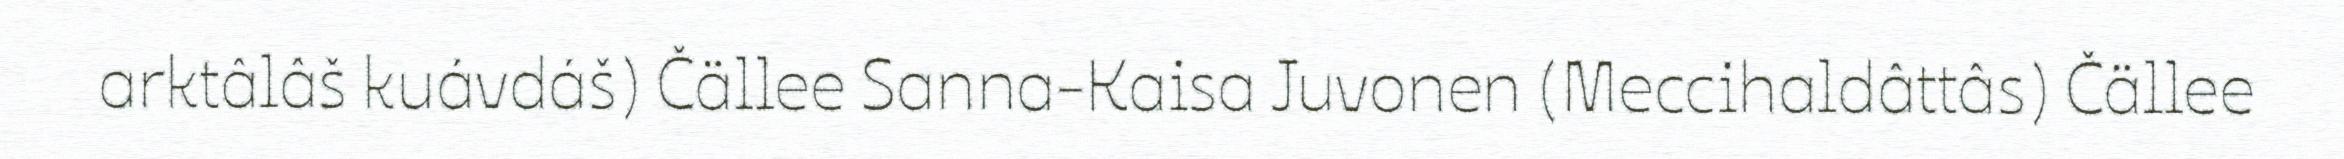
arktâlâš kuávdáš) Čällee Sanna-Kaisa Juvonen (Meccihaldâttâs) Čällee